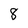
Character: 8